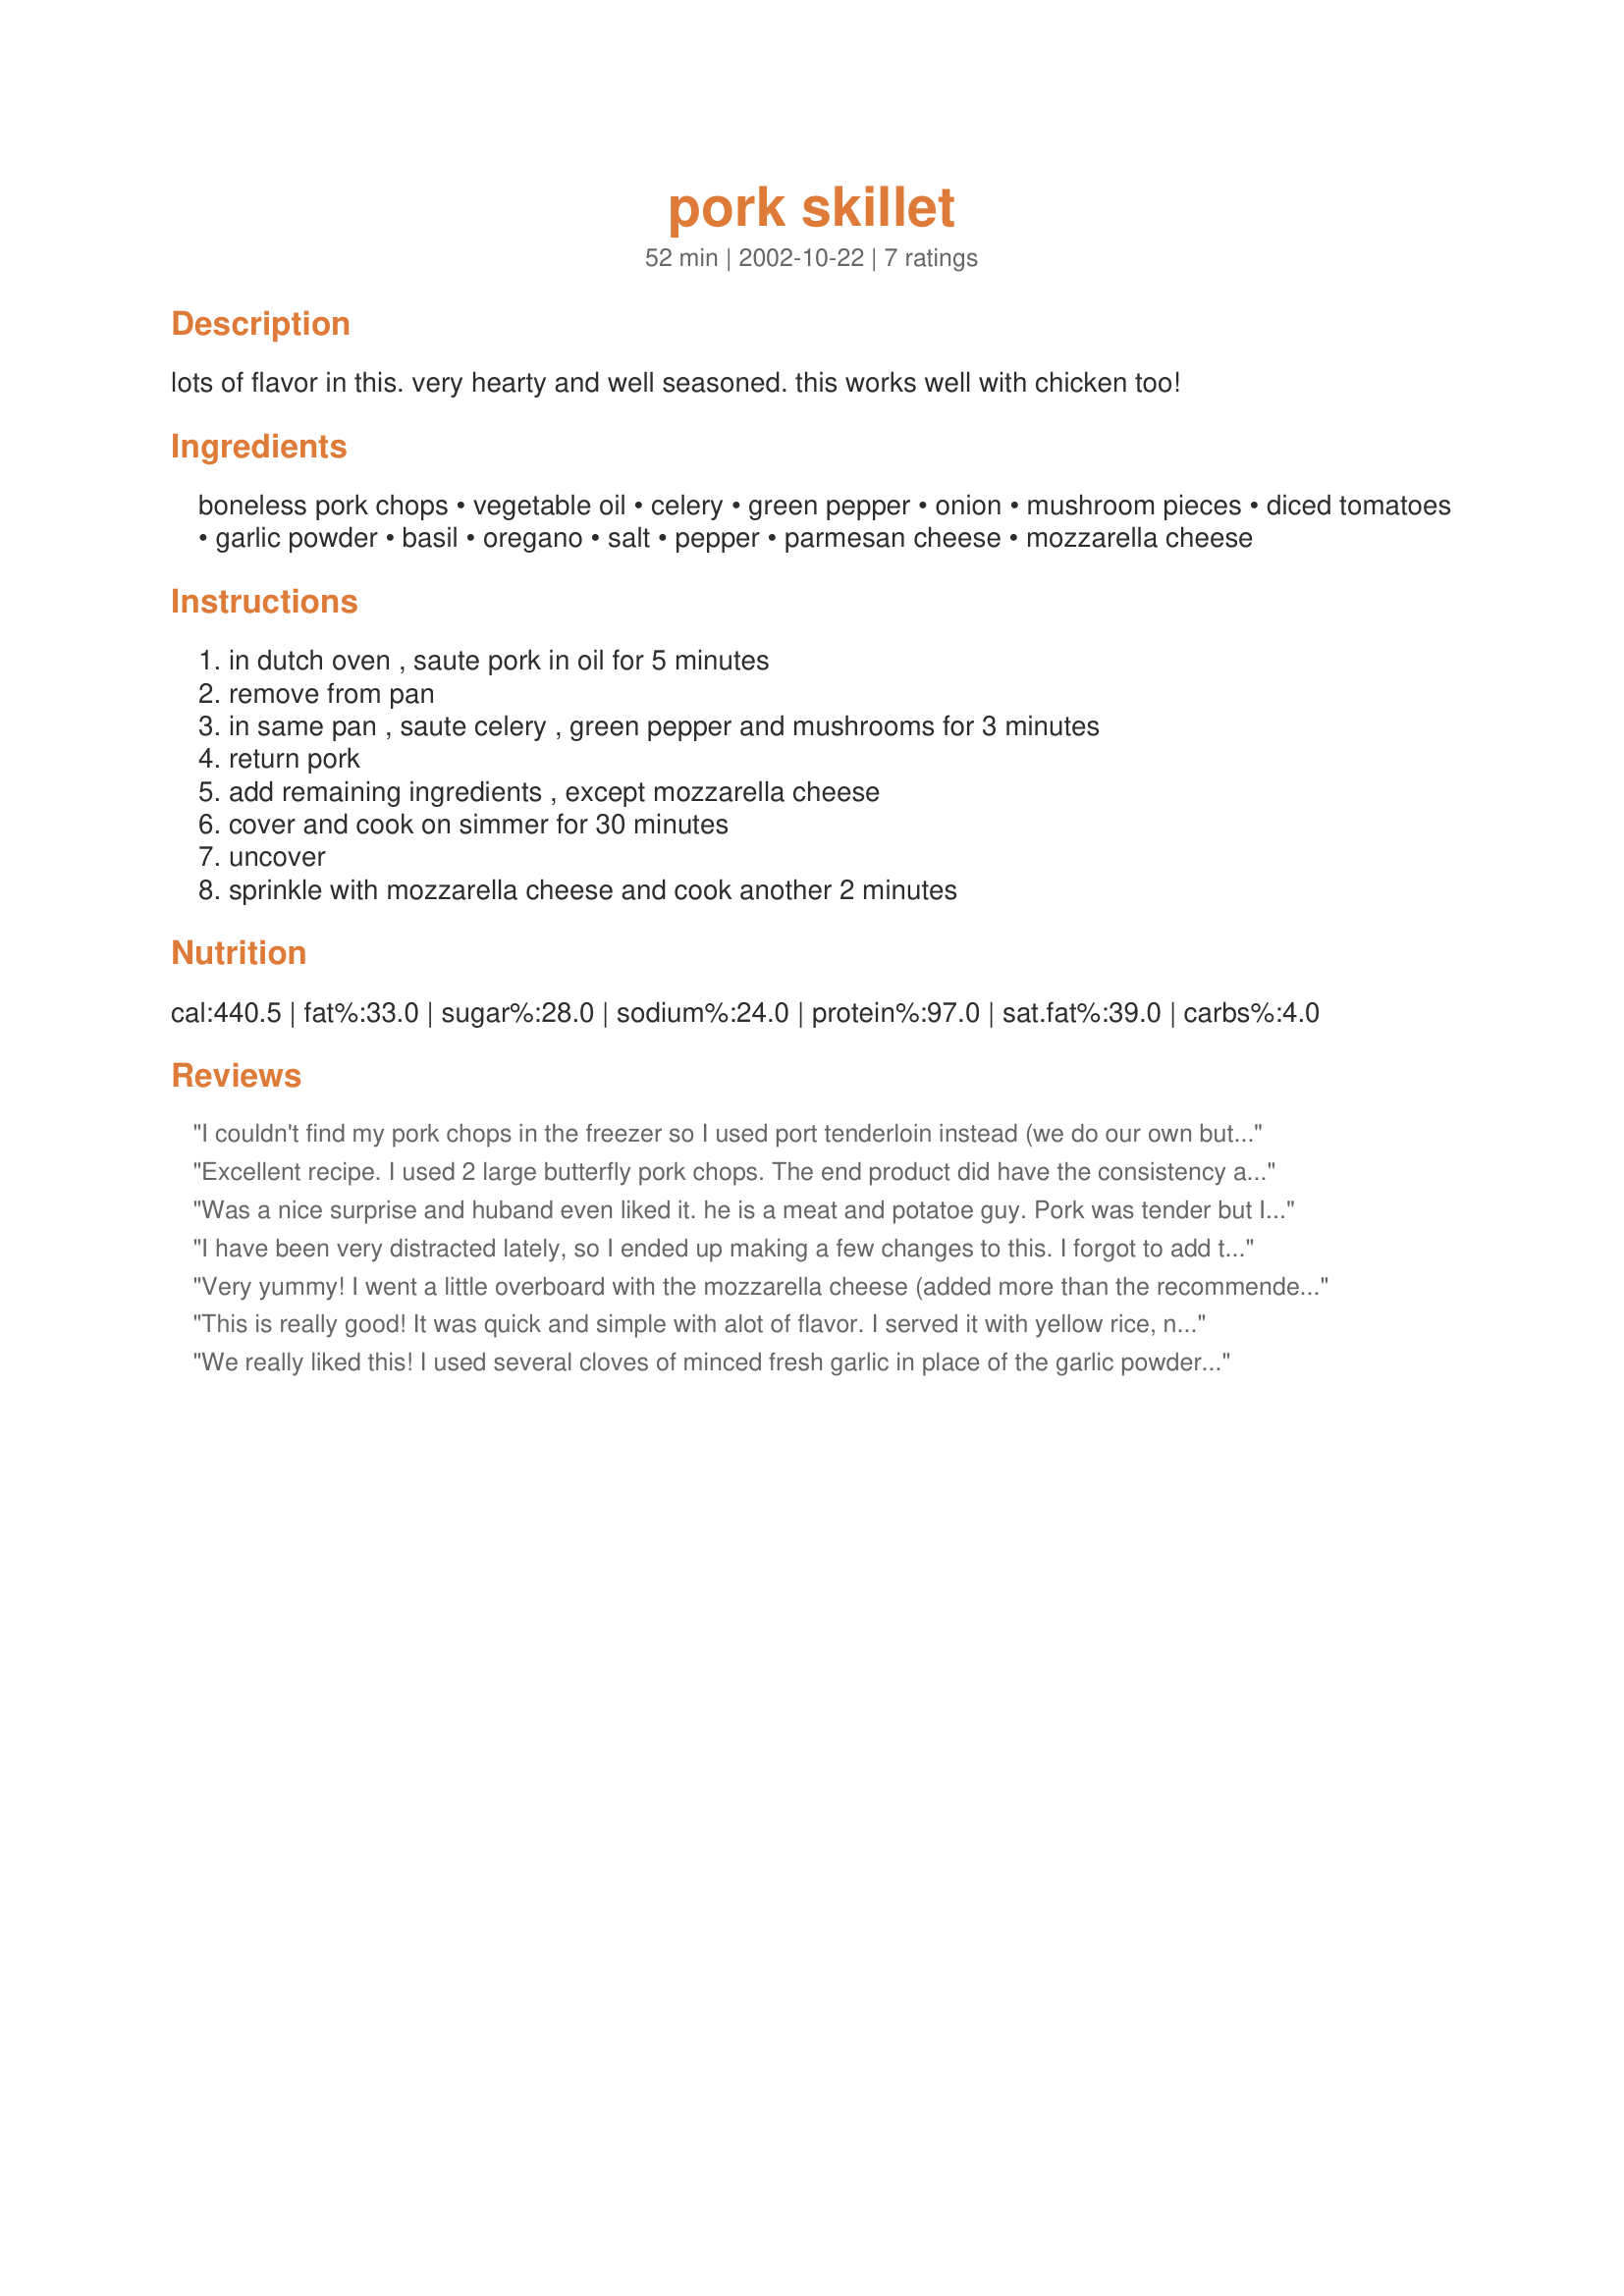
pork skillet
Preparation time: 52 minutes

lots of flavor in this. very hearty and well seasoned. this works well with chicken too!

Ingredients:
boneless pork chops, vegetable oil, celery, green pepper, onion, mushroom pieces, diced tomatoes, garlic powder, basil, oregano, salt, pepper, parmesan cheese, mozzarella cheese

Steps:
in dutch oven , saute pork in oil for 5 minutes, remove from pan, in same pan , saute celery , green pepper and mushrooms for 3 minutes, return pork, add remaining ingredients , except mozzarella cheese, cover and cook on simmer for 30 minutes, uncover, sprinkle with mozzarella cheese and cook another 2 minutes

Reviews:
I couldn't find my pork chops in the freezer so I used port tenderloin instead (we do our own butchering). This recipe tasted very much like spaghetti, so DD#2, who absolutely refuses to touch anything 'pork' actually ate it and went back for seconds. I thought my eyes were deceiving me, and then I decided no, she just doesn't realize it's 'pork'. I zipped my lips and sure didn't volunteer anything... The next morning, I quietly asked her, 'what is it about 'pork' that you don't like?' She responded, 'why, because I ate it last night? That was good...so what?!' I still didn't find out what she has against 'pork', but I did learn that I can apparently camaflouge it and get her to eat...oh, by the way...all 'picky eaters' and not so picky scarfed this one down. DD#1 about had a cow when I told one of the girls to give the little bit that was left in the pan to one of the dogs. She dished it up herself and put it away in the fridge for her breakfast yesterday morning. Thank you for sharing such a winner in my house Inez!!!
Excellent recipe. I used 2 large butterfly pork chops. The end product did have the consistency and flavor of a spaghetti sauce so I served it over the noodles that I was planning on using as a side dish. Delicious and easy too. Thanks MizzNezz.
Was a nice surprise and huband even liked it. he is a meat and potatoe guy. Pork was tender but I will add an extra can of tomatoes next time so there is more sauce. I serve this with Penne Pasta.
I have been very distracted lately, so I ended up making a few changes to this. I forgot to add the onion. I had accidentally used up one of my cans of tomatoes, so I added some tomato puree instead and simmered uncovered. I didn't add oregano (had run out earlier in the week). And, I almost forgot the mozzarella, so I sprinkled it over each serving. The recipe didn't suffer one bit for all my forgetfulness, and I will definitely make it again (the right way!). I served it over brown rice for the rest of the family, but it is very filling, and really makes 4 starch-free servings.
Very yummy! I went a little overboard with the mozzarella cheese (added more than the recommended 1/2 cup), which I won't do next time. I also used fresh mushrooms instead of canned. I served it over thin spaghetti. Everyone loved it. I will also try this receipe with chicken.
This is really good! It was quick
and simple with alot of flavor.
I served it with yellow rice, next
time I'll try it with Penne pasta.
Chicken would work well also.
We really liked this! I used several cloves of minced fresh garlic in place of the garlic powder, diced an orange pepper (that's what I had on hand) and used sliced fresh 'shroons - everybody raved! I served it over angel hair pasta - rice would be good, too. Will be making this often this fall - thanks for posting such a good, low-carb recipe!
